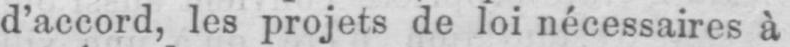
d’accord, les projets de loi nécessaires à